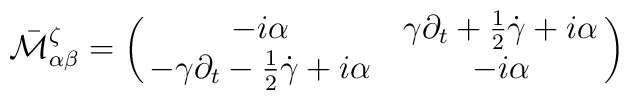
\bar{\cal M}^{\zeta}_{\alpha\beta}=\pmatrix{-i\alpha&\gamma\partial_t+{\textstyle{1\over 2}}\dot{\gamma}+i\alpha\cr-\gamma\partial_t-{\textstyle{1\over 2}}\dot{\gamma}+i\alpha&-i\alpha\cr}